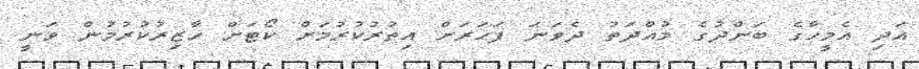
އަދި އެމީހާގެ ބަންދުގެ މުއްދަތު ދެވަނަ ފަހަރަށް އިތުރުކުރުމަށް ކޯޓަށް ހާޒިރުކުރުމުން ވަނީ